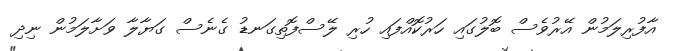
އާފުރިލަމުން އޭރުވެސް ބޮލުގައި ހަރުކޮއްފައި ހުރި ލޭސްފޮތިގަނޑު ގެނެސް ގަޔާލާ ވަށާލަމުން ނިދި